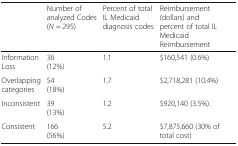
<table><thead><tr><td></td><td><b>Number of analyzed Codes(<i>N</i> = 295)</b></td><td><b>Percent of total IL Medicaid diagnosis codes</b></td><td><b>Reimbursement (dollars) and percent of total IL Medicaid Reimbursement</b></td></tr></thead><tbody><tr><td>Information Loss</td><td>36(12%)</td><td>1.1</td><td>$160,541 (0.6%)</td></tr><tr><td>Overlapping categories</td><td>54(18%)</td><td>1.7</td><td>$2,718,281 (10.4%)</td></tr><tr><td>Inconsistent</td><td>39(13%)</td><td>1.2</td><td>$920,140 (3.5%).</td></tr><tr><td>Consistent</td><td>166(56%)</td><td>5.2</td><td>$7,875,660 (30% of total cost)</td></tr></tbody></table>